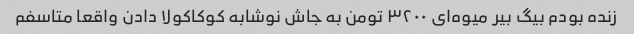
زنده بودم بیگ بیر میوه‌ای ۳۲۰۰ تومن به جاش نوشابه کوکاکولا دادن واقعا متاسفم